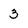
Character: 3